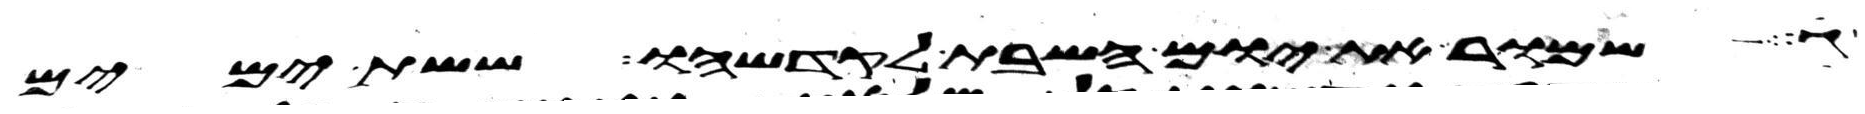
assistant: שמור את יום השבת לקדשהו ששת ימים